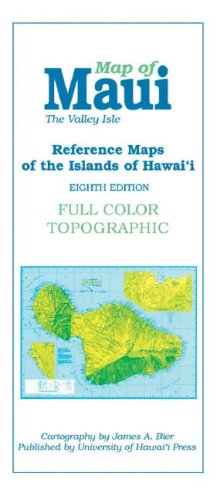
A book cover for Reference Maps of the Islands of Hawaii: Map of Maui : The Valley Isle; James A. Beir; Reference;